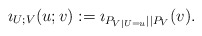
\begin{align*}\imath_{U;V}(u;v):=\imath_{P_{V|U=u}||P_V}(v).\end{align*}